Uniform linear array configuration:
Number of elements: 8
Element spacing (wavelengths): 0.75
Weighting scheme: exponential
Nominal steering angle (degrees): -60
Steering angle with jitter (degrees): -59.915
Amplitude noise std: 0.05
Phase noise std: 0.05

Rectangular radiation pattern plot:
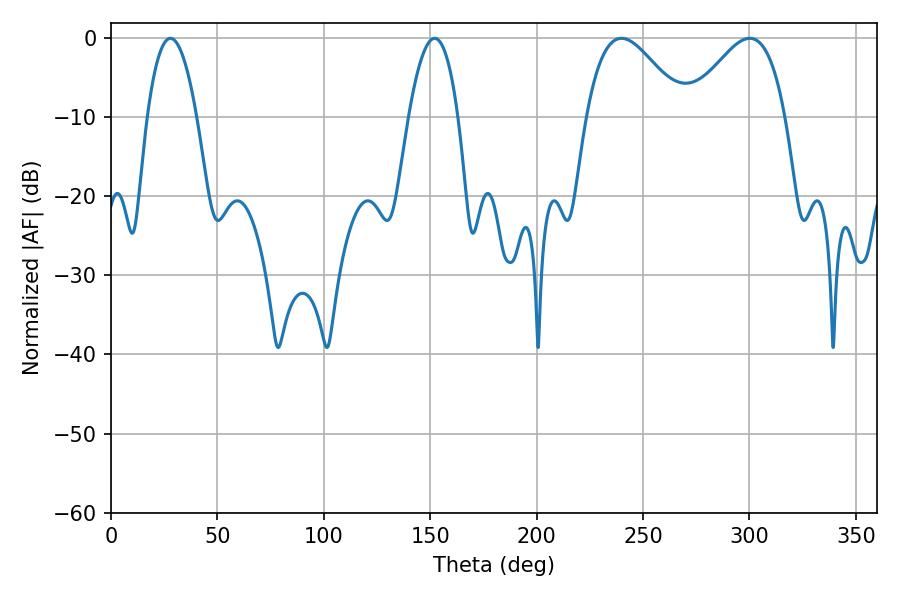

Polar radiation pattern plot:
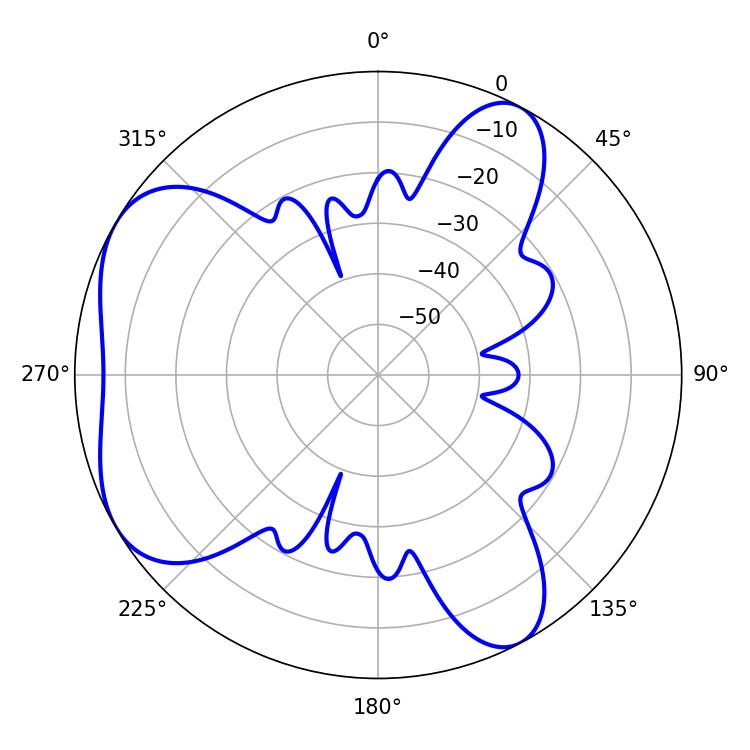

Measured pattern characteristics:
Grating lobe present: TRUE
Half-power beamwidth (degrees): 12.78
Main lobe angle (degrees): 27.9